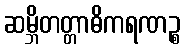
ဆမ္ဘိတတ္တာဓိကရဏဉ္စ